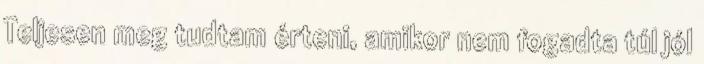
Teljesen meg tudtam érteni, amikor nem fogadta túl jól